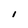
Character: l